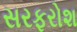
સરફરોશ